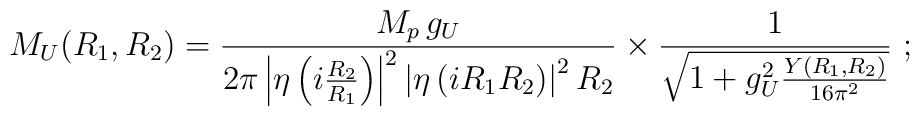
M_U(R_1,R_2)  =  \frac{M_p \, g_U}{{2\pi} \left|\eta\left(i\frac{R_2}{R_1}\right)\right|^2\left|\eta\left(i R_1 R_2\right)\right|^2 R_2}\times\frac{1}{\sqrt{1 + g_U^2\frac{Y(R_1,R_2)}{16\pi^2}}}\ ;